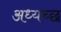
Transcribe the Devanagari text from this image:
अध्यच्छ